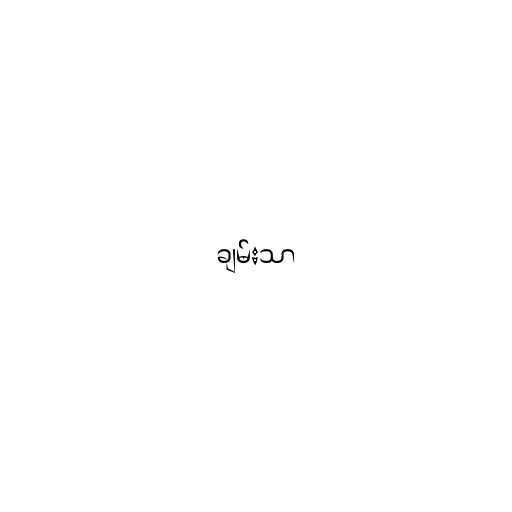
ချမ်းသာ